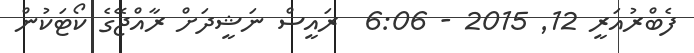
ފެބްރުއަރީ 12